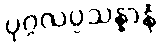
ပုဂ္ဂလပ္ပသန္နာနံ